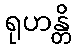
ရုဟန္တိ